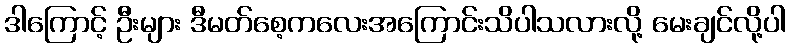
ဒါကြောင့် ဦးများ ဒီမတ်စေ့ကလေးအကြောင်းသိပါသလားလို့ မေးချင်လို့ပါ